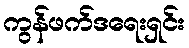
ကွန်ဖက်ဒရေးရှင်း